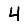
Digit: 4